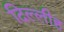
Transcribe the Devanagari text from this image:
दिल्लीह